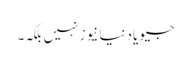
جیو یا دنیا نیوز نہیں بلکہ۔